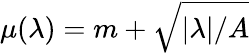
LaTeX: \mu(\lambda)=m+\sqrt{|\lambda|/A}